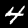
Digit: 4